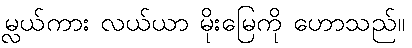
မ္လယ်ကား လယ်ယာ မိုးမြေကို ဟောသည်။